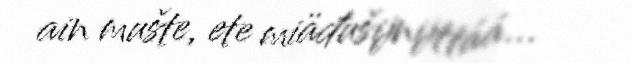
ain mušte, ete miäđušijnijttáá...